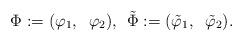
LaTeX: \begin{align*}\Phi:= (\varphi_1,\;\;\varphi_2),\,\;\tilde\Phi:= (\tilde\varphi_1,\;\;\tilde\varphi_2).\end{align*}